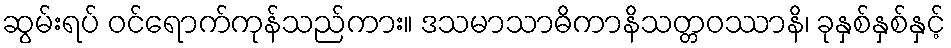
ဆွမ်းရပ် ဝင်ရောက်ကုန်သည်ကား။ ဒသမာသာဓိကာနိသတ္တဝဿာနိ၊ ခုနှစ်နှစ်နှင့်